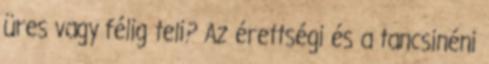
üres vagy félig teli? Az érettségi és a tancsinéni